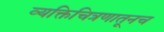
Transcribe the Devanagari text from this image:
व्यक्तिचित्रणातूनच